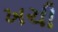
ખચી